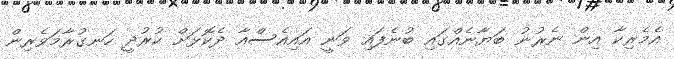
އެމެރިކާ އިން ނެރުނު ބަޔާނެއްގައި ބުނެފައި ވަނީ އައިއެސްއާ ދެކޮޅަށް ކުރުދީ ހަނގުރާމަވެރިން